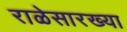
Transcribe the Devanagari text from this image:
राळेसारख्या